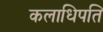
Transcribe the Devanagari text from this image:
कलाधिपति